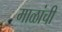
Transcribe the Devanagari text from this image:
माळांची